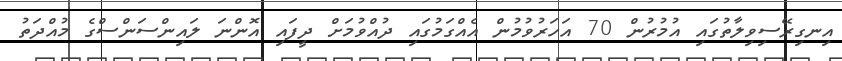
އިނގިރޭސިވިލާތުގައި އުމުރުން 70 އަހަރުވުމުން އެއްގަމުގައި ދުއްވުމަށް ދީފައި އޮންނަ ލައިންސަންސްގެ މުއްދަތު